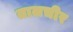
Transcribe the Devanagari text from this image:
तालचीर